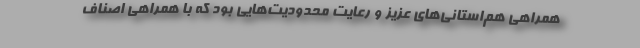
همراهی هم‌استانی‌های عزیز و رعایت محدودیت‌هایی بود که با همراهی اصناف